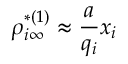
\rho _ { i \infty } ^ { * ( 1 ) } \approx \frac { a } { q _ { i } } x _ { i }